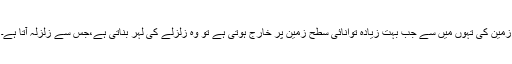
زمین کی تہوں میں سے جب بہت زیادہ توانائی سطح زمین پر خارج ہوتی ہے تو وہ زلزلے کی لہر بناتی ہے،جس سے زلزلہ آتا ہے۔